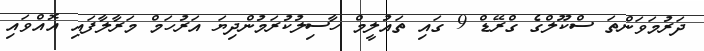
ދަރުމަވަންތަ ސްކޫލްގެ ގްރޭޑް 9 ގައި ތައުލީމް ހާސިލުކުރަމުންދިޔަ އަރުހަމް މަރާލާފައި އޮއްވައި